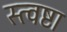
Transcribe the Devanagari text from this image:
स्त्वष्टा